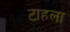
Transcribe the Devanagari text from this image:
टाहला